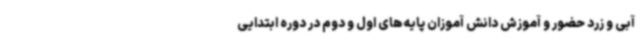
آبی و زرد حضور و آموزش دانش آموزان پایه‌های اول و دوم در دوره ابتدایی